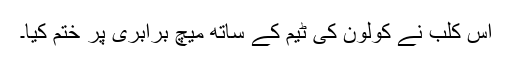
اس کلب نے کولون کی ٹیم کے ساتھ میچ برابری پر ختم کیا۔